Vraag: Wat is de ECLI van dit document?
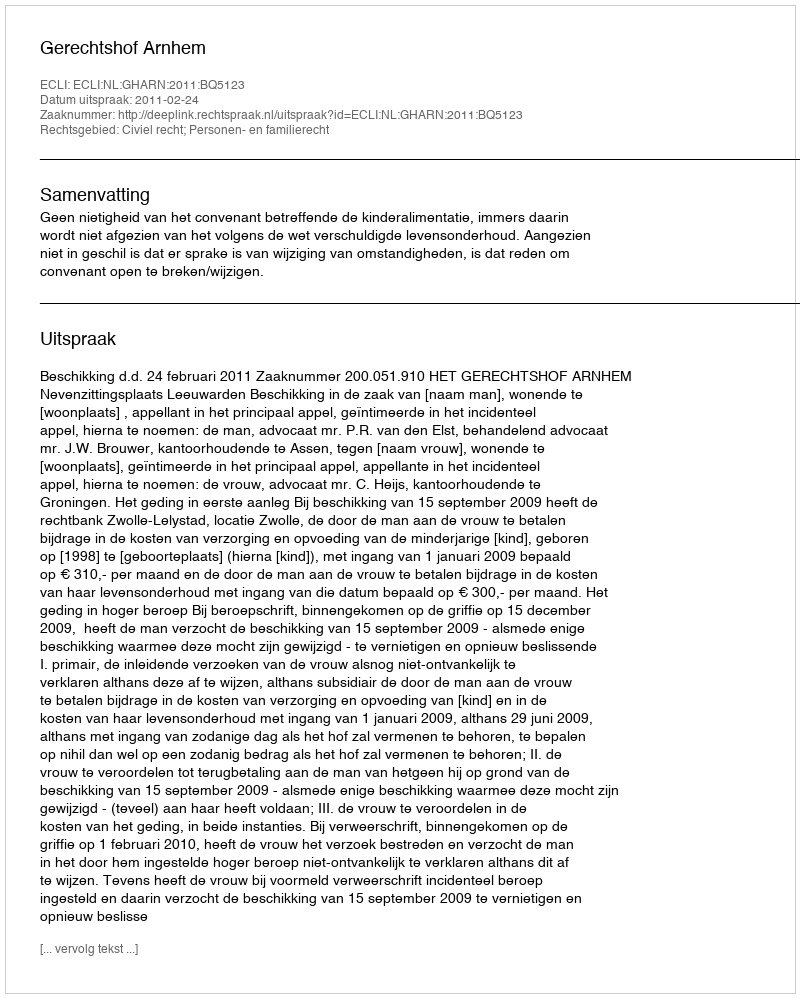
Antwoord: ECLI:NL:GHARN:2011:BQ5123